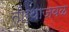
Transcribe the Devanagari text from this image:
तीर्थाजवळ